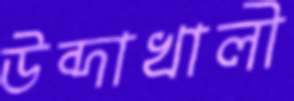
উব্দাখালী